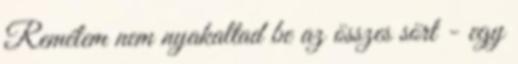
Remélem nem nyakaltad be az összes sört - egy